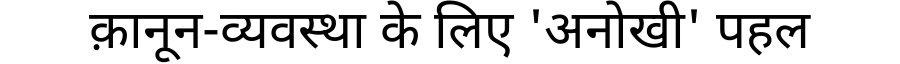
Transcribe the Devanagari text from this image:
क़ानून-व्यवस्था के लिए 'अनोखी' पहल